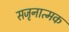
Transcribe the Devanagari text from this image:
सजृनात्मक